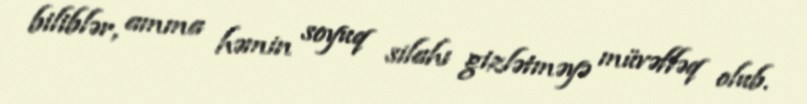
biliblər, amma həmin soyuq silahı gizlətməyə müvəffəq olub.